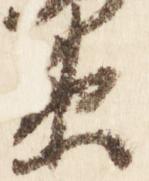
衛